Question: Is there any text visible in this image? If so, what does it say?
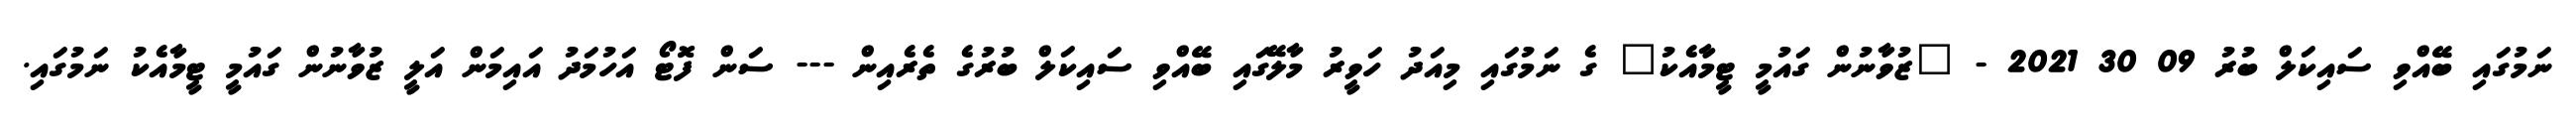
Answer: ނަމުގައި ބޭއްވި ސައިކަލް ބުރު 09 30 2021 - "ޒުވާނުން ގައުމީ ޓީމާއެކު" ގެ ނަމުގައި މިއަދު ހަވީރު މާލޭގައި ބޭއްވި ސައިކަލް ބުރުގެ ތެރެއިން --- ސަން ފޮޓޯ އަހުމަދު އައިމަން އަލީ ޒުވާނުން ގައުމީ ޓީމާއެކު ނަމުގައި.